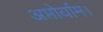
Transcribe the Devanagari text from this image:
अप्तोर्याम।